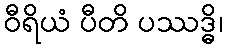
ဝီရိယံ ပီတိ ပဿဒ္ဓိ၊